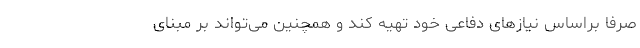
صرفاً براساس نیازهای دفاعی خود تهیه کند و همچنین می‌­تواند بر مبنای